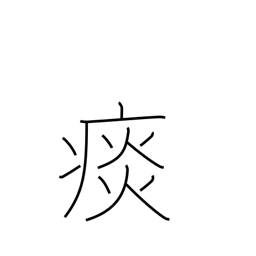
Meaning: sputum